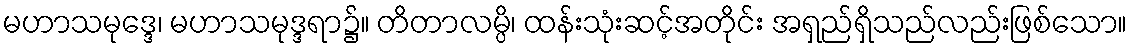
မဟာသမုဒ္ဒေ၊ မဟာသမုဒ္ဒရာ၌။ တိတာလမ္ပိ၊ ထန်းသုံးဆင့်အတိုင်း အရှည်ရှိသည်လည်းဖြစ်သော။